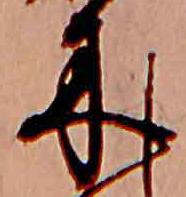
木